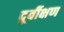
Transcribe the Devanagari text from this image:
दूर्वीक्षण